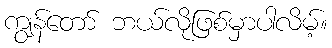
ကျွန်တော် ဘယ်လိုဖြစ်မှာပါလိမ့်။